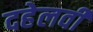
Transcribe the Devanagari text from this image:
दहेलवी